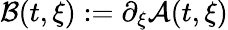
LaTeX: \mathcal{B}(t,\xi):=\partial_{\xi}\mathcal{A}(t,\xi)